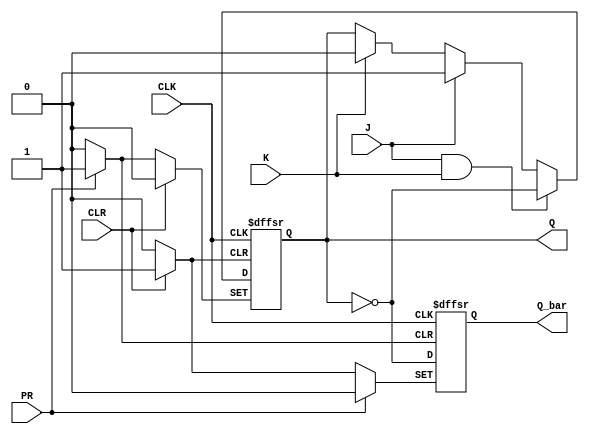
module jk_flipflop(
    input J,
    input K,
    input CLK,
    input CLR,
    input PR,
    output reg Q,
    output reg Q_bar
);

always @(posedge CLK or posedge CLR or posedge PR) begin
    if (CLR) begin
        Q <= 1'b0;
        Q_bar <= 1'b1;
    end else if (PR) begin
        Q <= 1'b1;
        Q_bar <= 1'b0;
    end else begin
        if (J & K) begin
            Q <= ~Q;
        end else if (J) begin
            Q <= 1'b1;
        end else if (K) begin
            Q <= 1'b0;
        end
        Q_bar <= ~Q;
    end
end

endmodule